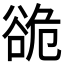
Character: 𮙍